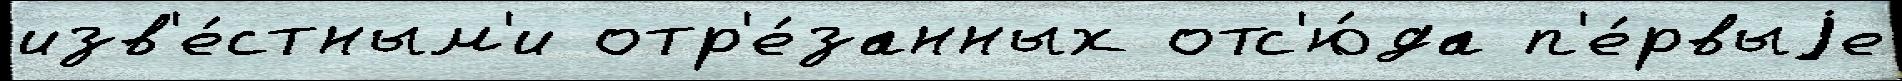
изв'е́стным'и отр'е́занных отс'ю́да п'е́рвыjе